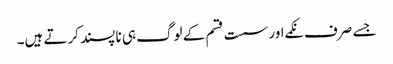
جسے صرف نکمے اور سست قسم کے لوگ ہی نا پسند کرتے ہیں۔